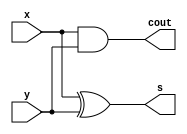
module  half_adder(
input       wire    x,
input       wire    y,

output      wire    s,
output      wire    cout
);

assign s = x ^ y;
assign cout = x & y;

endmodule